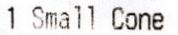
1 SMALL CONE